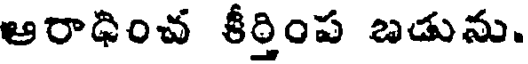
ఆరాధించ కీర్తింప బడును.